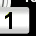
Digit: 1